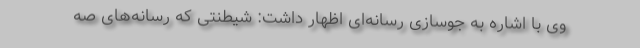
وی با اشاره به جوسازی رسانه‌ای اظهار داشت: شیطنتی که رسانه‌های صه